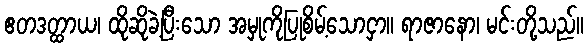
ဧတဒတ္ထာယ၊ ထိုဆိုခဲ့ပြီးသော အမှုကိုပြုစိမ့်သောငှာ။ ရာဇာနော၊ မင်းတို့သည်။